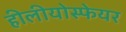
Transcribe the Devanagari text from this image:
हीलीयोस्फेयर